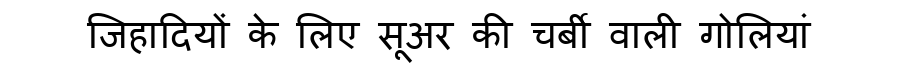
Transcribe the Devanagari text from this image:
जिहादियों के लिए सूअर की चर्बी वाली गोलियां